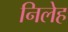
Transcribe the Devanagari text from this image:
निलेह